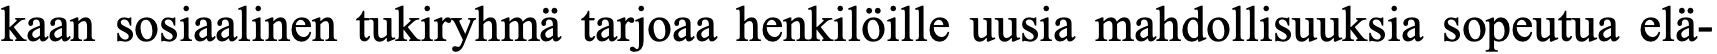
kaan sosiaalinen tukiryhmä tarjoaa henkilöille uusia mahdollisuuksia sopeutua elä-